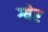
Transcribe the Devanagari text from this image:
ग्येर